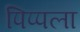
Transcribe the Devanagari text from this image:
पिप्पला